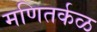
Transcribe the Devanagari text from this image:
मणितर्कळ